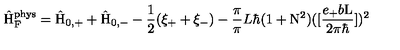
\hat { \mathrm { H } } _ { \mathrm { F } } ^ { \mathrm { p h y s } } = \hat { \mathrm { H } } _ { 0 , + } + \hat { \mathrm { H } } _ { 0 , - } - \frac { 1 } { 2 } ( \xi _ { + } + \xi _ { - } ) - \frac { \pi } { \pi } { L } { \hbar } ( 1 + \mathrm { N } ^ { 2 } ) ( [ \frac { e _ { + } b \mathrm { L } } { 2 { \pi } { \hbar } } ] ) ^ { 2 }